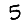
Digit: 5